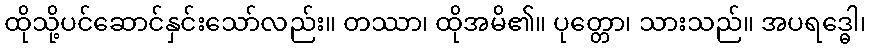
ထိုသို့ပင်ဆောင်နှင်းသော်လည်း။ တဿာ၊ ထိုအမိ၏။ ပုတ္တော၊ သားသည်။ အပရဒ္ဓေါ၊